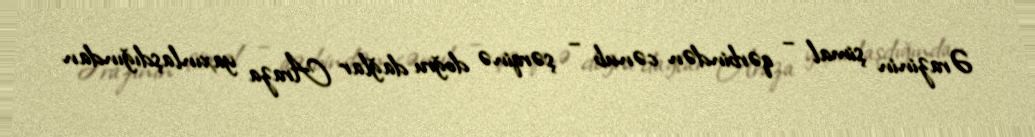
Ərazinin şimal – qərbindən cənub – şərqinə doğru dağlar Araza yaxınlaşdığından